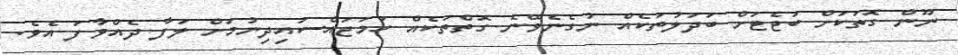
ނޫން ގޮތަކަށް ބަޖެޓަށް ބަދަލުތަކެއް ނުގެނެވޭނެ ގޮތްތަކެއް ހަމަޖައްސައިދިނުމަށް ލަފާ ދެއްވާފަ އެވެ.